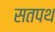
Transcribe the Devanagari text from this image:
सतपथ